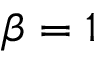
\beta = 1